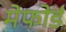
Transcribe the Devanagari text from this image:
मेफोर्ड